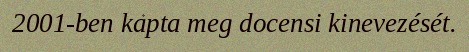
2001-ben kapta meg docensi kinevezését.